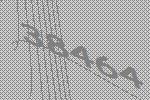
38464